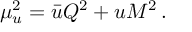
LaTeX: \mu _ { u } ^ { 2 } = \bar { u } Q ^ { 2 } + u M ^ { 2 } \, .